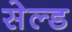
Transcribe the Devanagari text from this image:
सेल्ड